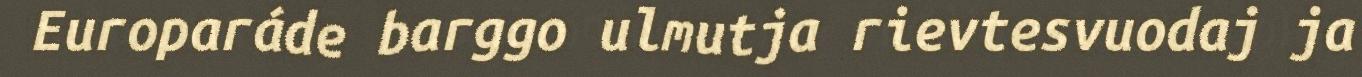
Europaráde barggo ulmutja rievtesvuodaj ja